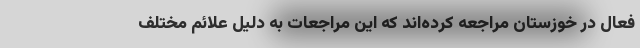
فعال در خوزستان مراجعه کرده‌اند که این مراجعات به دلیل علائم مختلف